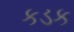
કડક